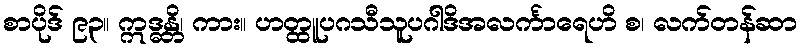
စာပိုဒ် ၉၃။ ဣဒ္ဓန္တိ၊ ကား။ ဟတ္ထူပဂသီသူပဂါဒိအလင်္ကာရေဟိ စ၊ လက်တန်ဆာ